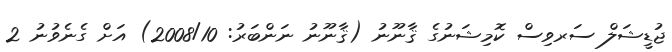
ޖުޑީޝަލް ސަރވިސް ކޮމިޝަނުގެ ޤާނޫނު (ޤާނޫނު ނަންބަރު: 2008/10) އަށް ގެނެވުނު 2